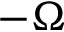
- \Omega